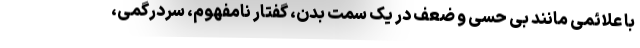
با علائمی مانند بی حسی و ضعف در یک سمت بدن، گفتار نامفهوم، سردرگمی،